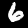
Digit: 6